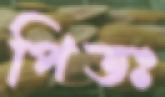
পিতঃ